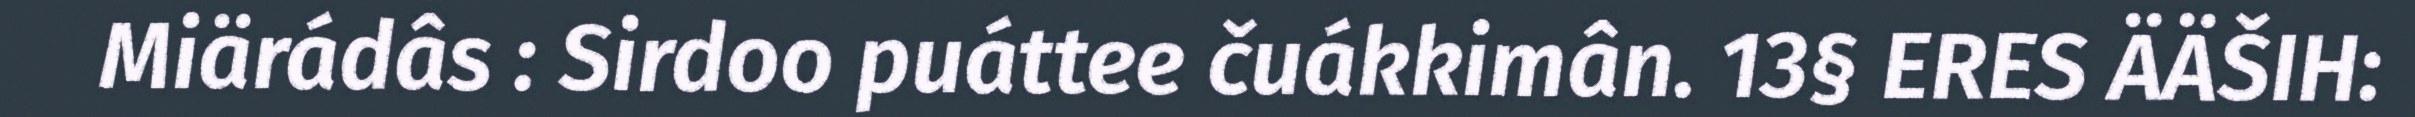
Miärádâs : Sirdoo puáttee čuákkimân. 13§ ERES ÄÄŠIH: